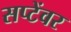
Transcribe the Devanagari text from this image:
सप्टेंवर